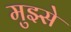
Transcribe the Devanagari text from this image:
मुझ्से